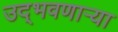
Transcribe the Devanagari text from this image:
उद्‌भवणाऱ्या